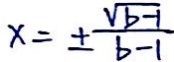
x = \pm \frac { \sqrt { b - 1 } } { b - 1 }